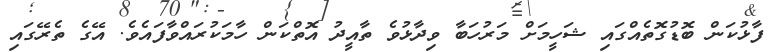
ފާޅުކަން ބޮޑުގޮތެއްގައި ޝަހީމަށް މަރުހަބާ ވިދާޅުވެ ތާއީދު އޮތްކަން ހާމަކުރައްވާފައެވެ. އޭގެ ތެރޭގައި